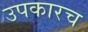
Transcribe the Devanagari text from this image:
उपकारच